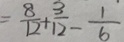
= \frac { 8 } { 1 2 } + \frac { 3 } { 1 2 } - \frac { 1 } { 6 }